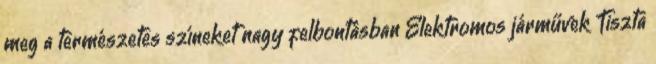
meg a természetes színeket nagy felbontásban Elektromos járművek Tiszta